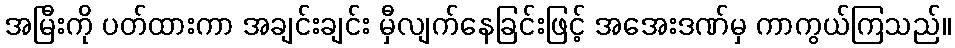
အမြီးကို ပတ်ထားကာ အချင်းချင်း မှီလျက်နေခြင်းဖြင့် အအေးဒဏ်မှ ကာကွယ်ကြသည်။